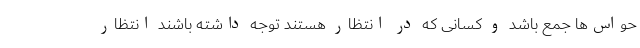
حواس‌ها جمع باشد و کسانی که در انتظار هستند توجه داشته باشند انتظار